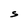
Character: S